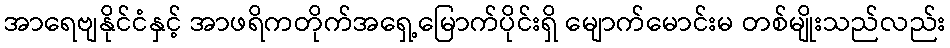
အာရေဗျနိုင်ငံနှင့် အာဖရိကတိုက်အရှေ့မြောက်ပိုင်းရှိ မျောက်မောင်းမ တစ်မျိုးသည်လည်း